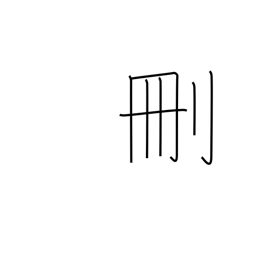
Meaning: cut down